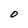
Character: O